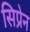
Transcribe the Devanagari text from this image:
सिप्रेन